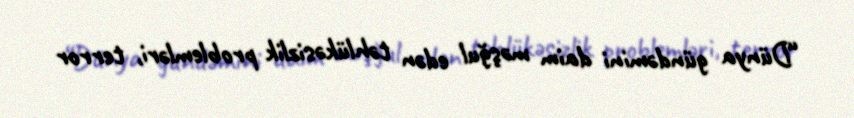
“Dünya gündəmini daim məşğul edən təhlükəsizlik problemləri, terror